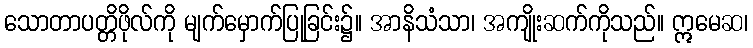
သောတာပတ္တိဖိုလ်ကို မျက်မှောက်ပြုခြင်း၌။ အာနိသံသာ၊ အကျိုးဆက်ကိုသည်။ ဣမေဆ၊